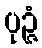
ပုဉ္ဇံ